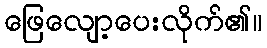
ဖြေလျော့ပေးလိုက်၏။